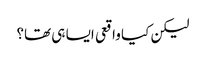
لیکن کیا واقعی ایسا ہی تھا؟